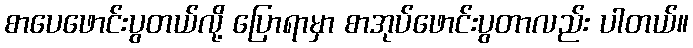
စာပေဖောင်းပွတယ်လို့ ပြောရာမှာ စာအုပ်ဖောင်းပွတာလည်း ပါတယ်။